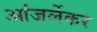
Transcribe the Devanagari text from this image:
आंजर्लेकर